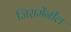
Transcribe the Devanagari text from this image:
जिसमेंनील